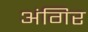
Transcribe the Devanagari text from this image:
अंगिर